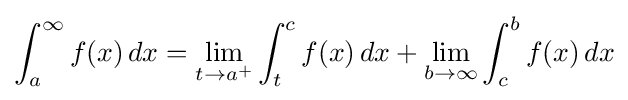
\int _{a}^{\infty }f(x)\,dx=\lim _{t\to a^{+}}\int _{t}^{c}f(x)\,dx+\lim _{b\to \infty }\int _{c}^{b}f(x)\,dx